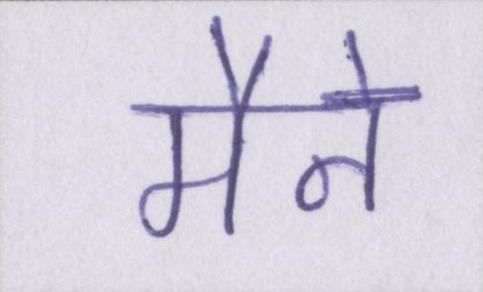
मैने